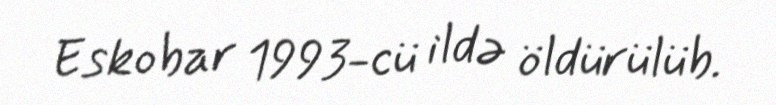
Eskobar 1993-cü ildə öldürülüb.